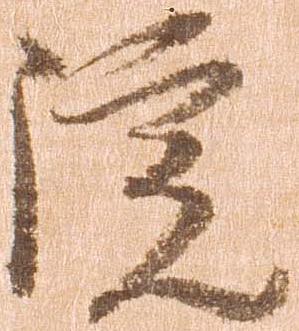
院